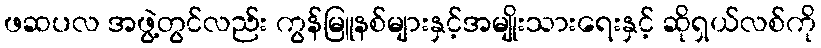
ဖဆပလ အဖွဲ့တွင်လည်း ကွန်မြူနစ်များနှင့်အမျိုးသားရေးနှင့် ဆိုရှယ်လစ်ကို